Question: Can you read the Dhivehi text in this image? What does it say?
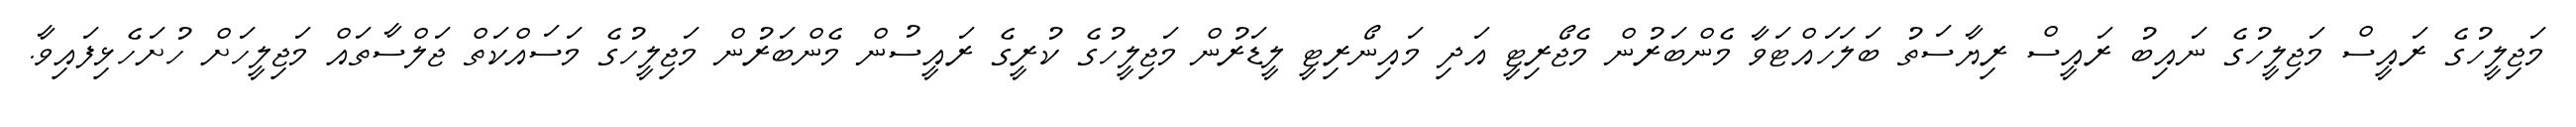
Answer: މަޖިލީހުގެ ރައީސް މަޖިލީހުގެ ނައިބު ރައީސް ރިޔާސަތު ބަލަހައްޓަވާ މެންބަރުން މެޖޯރިޓީ އަދި މައިނޯރިޓީ ލީޑަރުން މަޖިލީހުގެ ކުރީގެ ރައީސުން މެންބަރުން މަޖިލީހުގެ މަސައްކަތް ޖަލްސާތައް މަޖިލީހަށް ހުށަހެޅިފައިވާ.